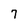
Character: 7